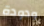
ودودة